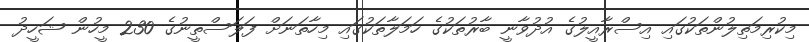
މިކުރިމަތިލުންތަކުގައި އިސްރާއީލުގެ އުދުވާނީ ބާރުތަކުގެ ހަމަލާތަކުގައި މިހާތަނަށް ފަލަސްތީނުގެ 230 މީހުން ޝަހީދު